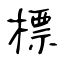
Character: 標